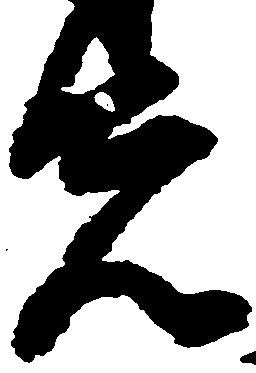
先